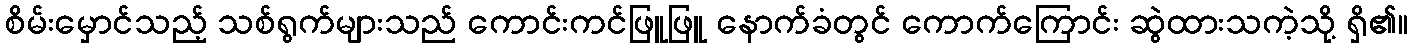
စိမ်းမှောင်သည့် သစ်ရွက်များသည် ကောင်းကင်ဖြူဖြူ နောက်ခံတွင် ကောက်ကြောင်း ဆွဲထားသကဲ့သို့ ရှိ၏။